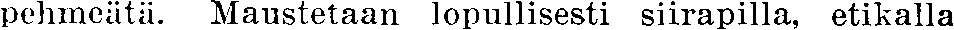
pehmeätä. Maustetaan lopullisesti siirapilla, etikalla